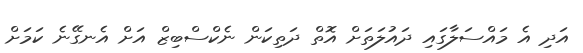
އަދި އެ މައްސަލާގައި ދައުލަތަށް އޮތް ދަތިކަން ނެކްސްބިޒް އަށް އެނގޭނެ ކަމަށް